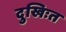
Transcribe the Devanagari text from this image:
दुखिःत